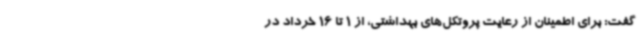
گفت: برای اطمینان از رعایت پروتکل‌های بهداشتی، از 1 تا 16 خرداد در